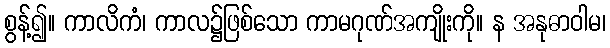
စွန့်၍။ ကာလိကံ၊ ကာလ၌ဖြစ်သော ကာမဂုဏ်အကျိုးကို။ န အနုဓာဝါမ၊